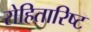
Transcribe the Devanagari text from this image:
रोहितारिष्ट